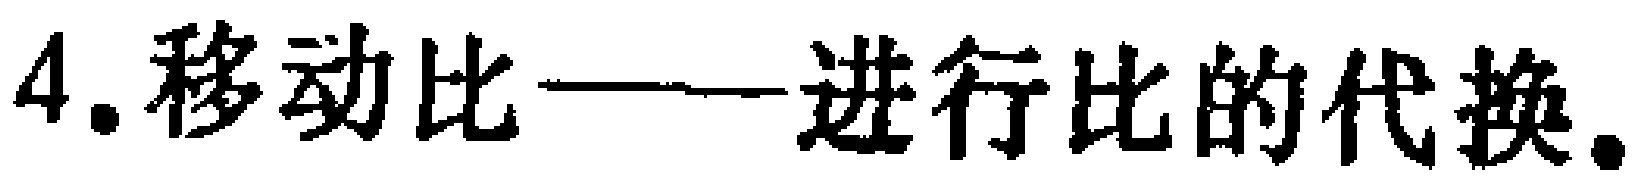
4.移动比——进行比的代换。